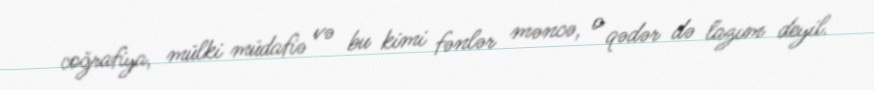
coğrafiya, mülki müdafiə və bu kimi fənlər məncə, o qədər də lazım deyil.